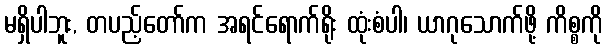
မရှိပါဘူး, တပည့်တော်က အရင်ရောက်ရိုး ထုံးစံပါ၊ ယာဂုသောက်ဖို့ ကိစ္စကို